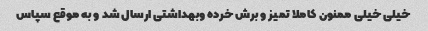
خیلی خیلی ممنون کاملا تمیز و برش خرده وبهداشتی ارسال شد و به موقع سپاس